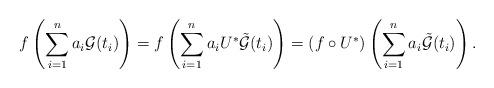
LaTeX: \begin{align*}f\left( \sum_{i=1}^{n} a_{i} \mathcal{G}(t_{i}) \right)=f\left( \sum_{i=1}^{n} a_{i} U^{*} \tilde{\mathcal{G}}(t_{i}) \right)=(f \circ U^{*}) \left( \sum_{i=1}^{n} a_{i} \tilde{\mathcal{G}}(t_{i}) \right).\end{align*}